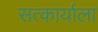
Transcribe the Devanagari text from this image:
सत्कार्याला